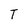
Character: T